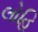
લોહિ